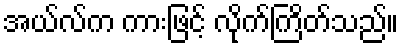
အယ်လ်က ကားဖြင့် လိုက်ကြိတ်သည်။